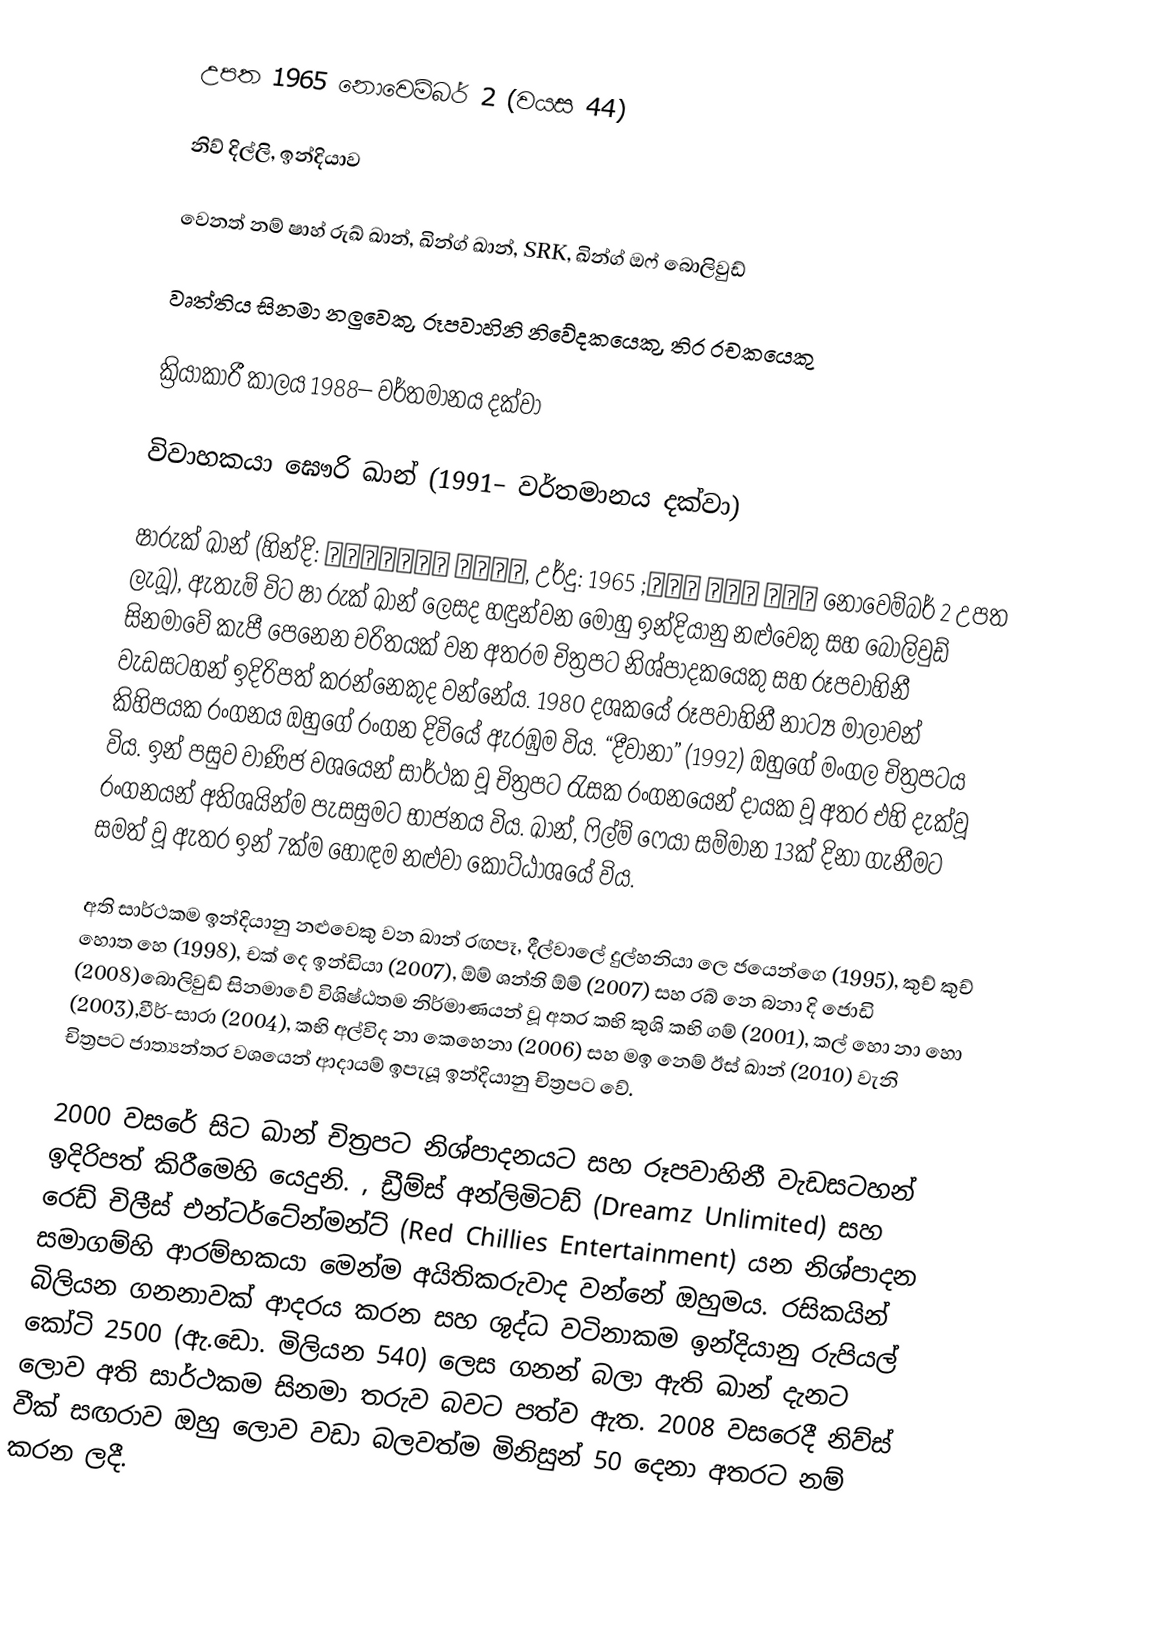
උපත 1965 නොවෙම්බර් 2 (වයස 44)

නිව් දිල්ලි, ඉන්දියාව

වෙනත් නම්	ෂාහ් රුඛ් ඛාන්, ඛින්ග් ඛාන්, SRK, ඛින්ග් ඔෆ් බොලිවුඩ්

වෘත්තිය	සිනමා නලුවෙකු, රූපවාහිනි නිවේදකයෙකු, තිර රචකයෙකු

ක්‍රියාකාරී කාලය	1988– වර්තමානය දක්වා

විවාහකයා	ඝෞරි ඛාන් (1991– වර්තමානය දක්වා)

ෂාරුක් ඛාන් (හින්දි: शाहरुख़ ख़ान, උර්දු: شاہ رُخ خان; 1965 නොවෙම්බර් 2 උපත ලැබූ), ඇතැම් විට ෂා රුක් ඛාන් ලෙසද හඳුන්වන මොහු ඉන්දියානු නළුවෙකු සහ බොලිවුඩ් සිනමාවේ කැපී පෙනෙන චරිතයක් වන අතරම චිත්‍රපට නිශ්පාදකයෙකු සහ රූපවාහිනී වැඩසටහන් ඉදිරිපත් කරන්නෙකුද වන්නේය. 1980 දශකයේ රූපවාහිනී නාට්‍ය මාලාවන් කිහිපයක රංගනය ඔහුගේ රංගන දිවියේ ඇරඹුම විය. “දීවානා” (1992) ඔහුගේ මංගල චිත්‍රපටය විය. ඉන් පසුව වාණිජ වශයෙන් සාර්ථක වූ චිත්‍රපට රැසක රංගනයෙන් දායක වූ අතර එහි දැක්වූ රංගනයන් අතිශයින්ම පැසසුමට භාජනය විය. ඛාන්, ෆිල්ම් ෆෙයා සම්මාන 13ක් දිනා ගැනීමට සමත් වූ ඇතර ඉන් 7ක්ම හොඳම නළුවා කොට්ඨාශයේ විය.

අති සාර්ථකම ඉන්දියානු නළුවෙකු වන ඛාන් රඟපෑ, දීල්වාලේ දුල්හනියා ලෙ ජයෙන්ගෙ (1995), කුච් කුච් හොත හෙ (1998), චක් දෙ ඉන්ඩියා (2007), ඕම් ශන්ති ඕම් (2007) සහ රබ් නෙ බනා දි ජොඩි (2008)බොලිවුඩ් සිනමාවේ විශිෂ්ඨතම නිර්මාණයන් වූ අතර කභි කුශි කභි ගම් (2001), කල් හො නා හො (2003),වීර්-සාරා (2004), කභි අල්විද නා කෙහෙනා (2006) සහ මඉ නෙම් ඊස් ඛාන් (2010) වැනි චිත්‍රපට ජාත්‍යන්තර වශයෙන් ආදායම් ඉපැයූ ඉන්දියානු චිත්‍රපට වේ.

2000 වසරේ සිට ඛාන් චිත්‍රපට නිශ්පාදනයට සහ රූපවාහිනී වැඩසටහන් ඉදිරිපත් කිරීමෙහි යෙදුනි. , ඩ්‍රීම්ස් අන්ලිමිටඩ් (Dreamz Unlimited) සහ රෙඩ් චිලීස් එන්ටර්ටේන්මන්ට් (Red Chillies Entertainment) යන නිශ්පාදන සමාගම්හි ආරම්භකයා මෙන්ම අයිතිකරුවාද වන්නේ ඔහුමය. රසිකයින් බිලියන ගනනාවක් ආදරය කරන සහ ශුද්ධ වටිනාකම ඉන්දියානු රුපියල් කෝටි 2500 (ඇ.ඩො. මිලියන 540) ලෙස ගනන් බලා ඇති ඛාන් දැනට ලොව අති සාර්ථකම සිනමා තරුව බවට පත්ව ඇත. 2008 වසරෙදී නිව්ස් වීක් සඟරාව ඔහු ලොව වඩා බලවත්ම මිනිසුන් 50 දෙනා අතරට නම් කරන ලදී.